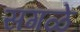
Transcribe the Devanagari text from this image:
सगळें